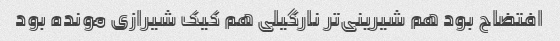
افتضاح بود هم شیرینی‌تر نارگیلی هم کیک شیرازی مونده بود